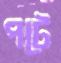
পটে